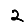
Digit: 2